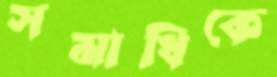
সমাধিকে